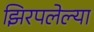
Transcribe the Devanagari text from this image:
झिरपलेल्या